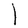
Character: l